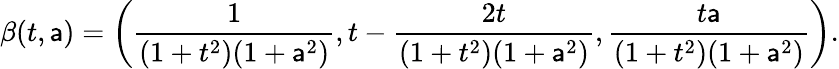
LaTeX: \beta(t,\mathsf{a})=\left({\frac{{1}}{{(1+t^{2})(1+\mathsf{a}^{2})}}},t-{\frac{{2t}}{{(1+t^{2})(1+\mathsf{a}^{2})}}},{\frac{{t\mathsf{a}}}{{(1+t^{2})(1+\mathsf{a}^{2})}}}\right).